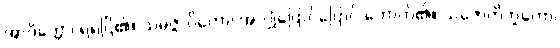
အာဒိတ္တော၊ ရဲရဲငြိ၏။ သမ္ပဇ္ဇလိကော၊ အလျှံပြောင်ပြောင် တောက်၏။ သဇောတိဘူတော၊